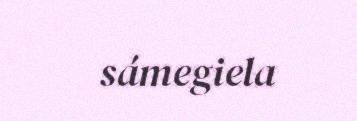
sámegiela